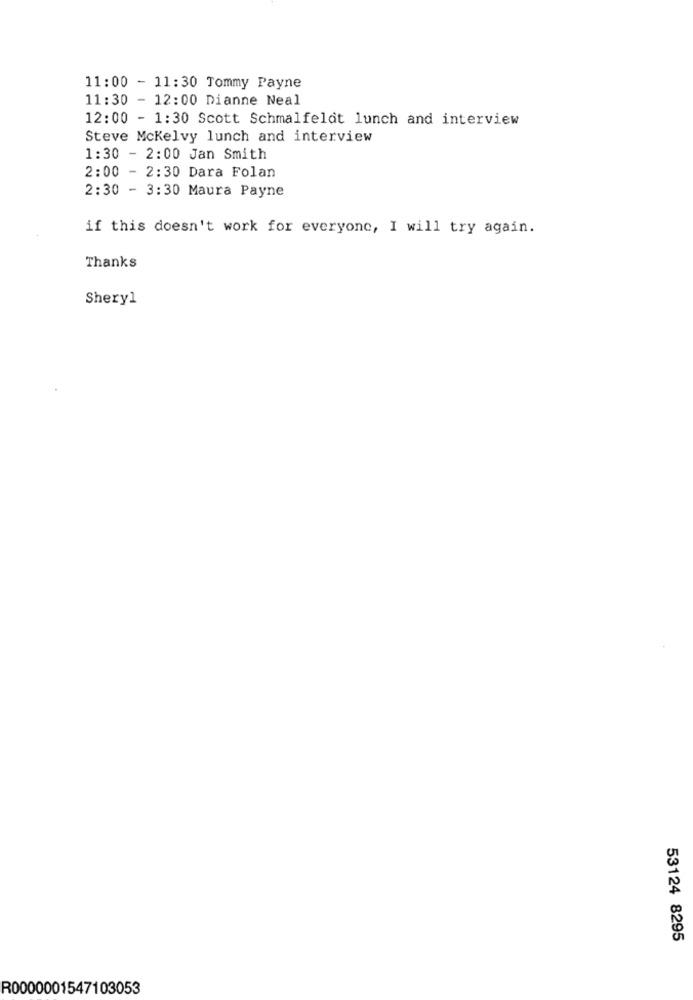
11:00 - 11:30 Tommy Payne
11:30 - 12:00 Dianne Neal
12:00 - 1:30 Scott Schmalfeldt lunch and interview
Steve Mckelvy lunch and interview
1:30 - 2:00 Jan Smith
2:00 - 2:30 Dara Folan
2:30 - 3:30 Maura Payne
if this doesn't work for everyone, I will try again.
Thanks
Sheryl
53124 8295
R0000001547103053